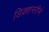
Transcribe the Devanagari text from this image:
डिक्शनरीने